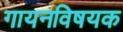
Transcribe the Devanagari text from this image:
गायनविषयक